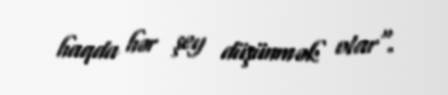
haqda hər şey düşünmək olar".